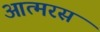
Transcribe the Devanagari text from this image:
आत्मरस